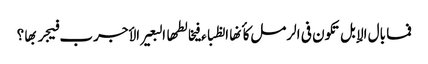
فما بال الإبل تکون فی الرمل کأنها الظباء فیخالطها البعیر الأجرب فیجربها ؟